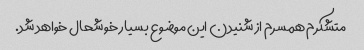
متشکرم همسرم از شنیدن این موضوع بسیار خوشحال خواهد شد.